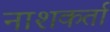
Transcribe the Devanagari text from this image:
नाशकर्ता